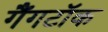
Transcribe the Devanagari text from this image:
गैंगटॉक